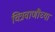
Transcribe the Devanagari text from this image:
चित्रवाणीच्या